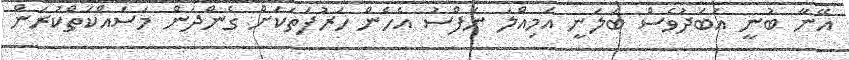
އޭނާ ބުނީ އަބަދުވެސް ބަލަނީ އަމިއްލަ ނަފްސު އެހެން ހަރުފަތަކަށް ގެންދަން މަސައްކަތްކުރަން